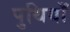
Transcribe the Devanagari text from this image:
पुथियाँ